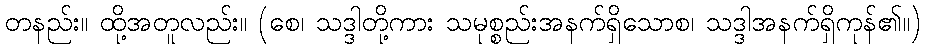
တနည်း။ ထို့အတူလည်း။ (စေ၊ သဒ္ဒါတို့ကား သမုစ္စည်းအနက်ရှိသောစ၊ သဒ္ဒါအနက်ရှိကုန်၏။)